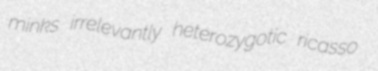
minks irrelevantly heterozygotic ricasso